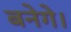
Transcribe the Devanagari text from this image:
बनेगे।